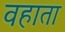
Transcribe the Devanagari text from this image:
वहाता